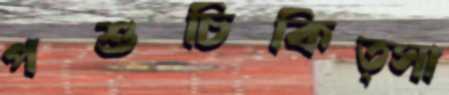
পশুচিকিত্সা